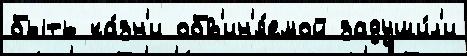
быть ка́зн'и обв'ин'я́емой задуши́л'и